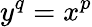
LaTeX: y^{q}=x^{p}